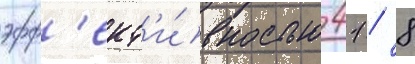
эфф'ект'и́вностью 41 / 8